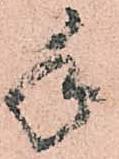
手